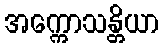
အက္ကောသန္တိယာ